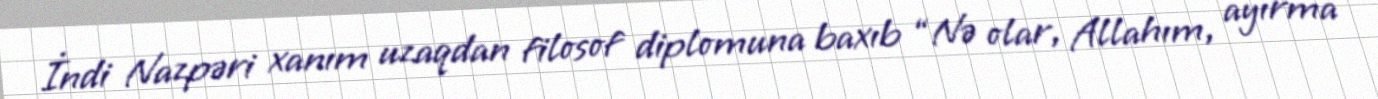
İndi Nazpəri xanım uzaqdan filosof diplomuna baxıb “Nə olar, Allahım, ayırma